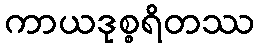
ကာယဒုစ္စရိတဿ